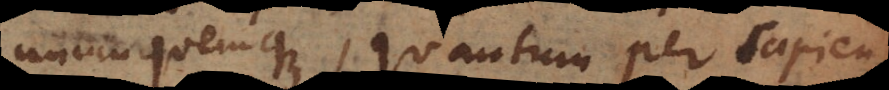
unumquemque, quantum per sapientiae